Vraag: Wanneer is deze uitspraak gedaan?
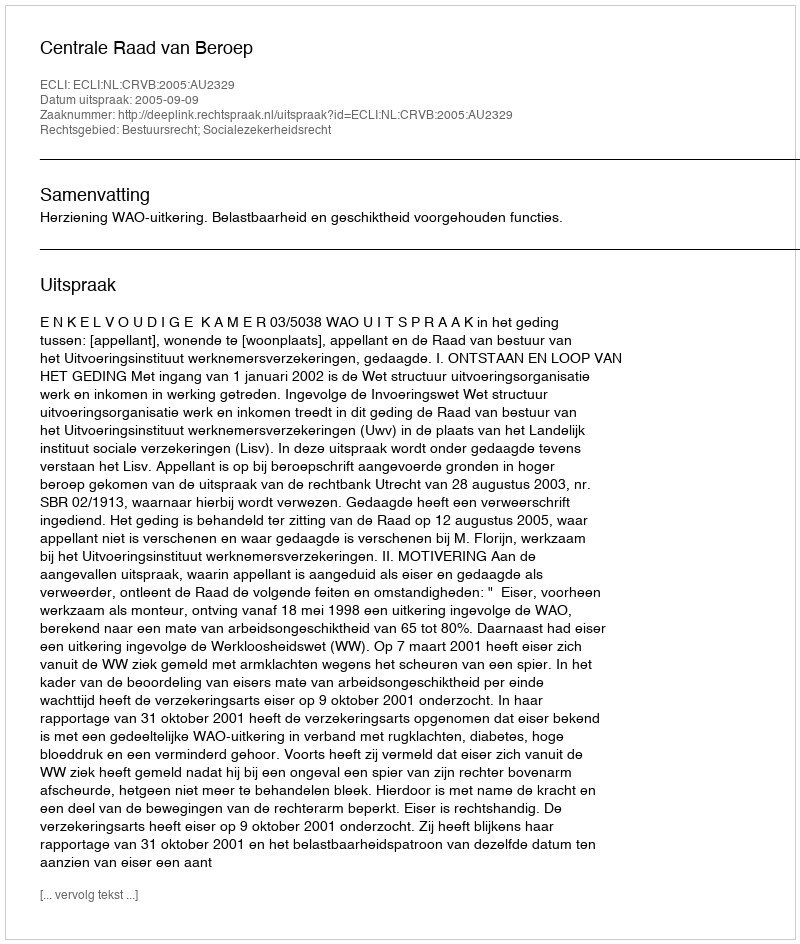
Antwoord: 2005-09-09